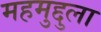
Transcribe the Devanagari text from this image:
महमुद्दुला